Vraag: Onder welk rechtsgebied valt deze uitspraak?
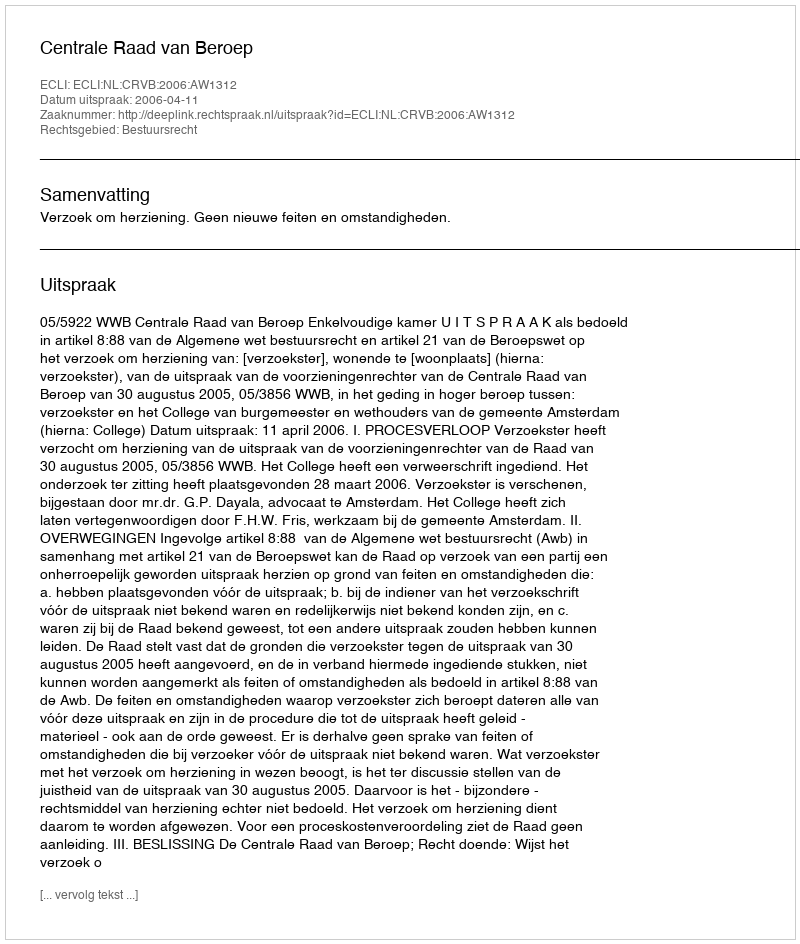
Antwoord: Bestuursrecht